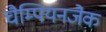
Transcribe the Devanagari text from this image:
चैम्पियनजैक